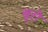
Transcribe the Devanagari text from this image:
बूरो